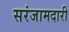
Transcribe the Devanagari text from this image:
सरंजामदारी